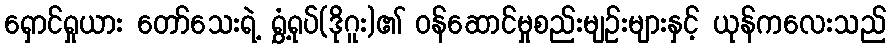
ရှောင်ရှုယား တော်သေးရဲ့ ရွှံ့ရုပ်(ဒိုဂူး)၏ ဝန်ဆောင်မှုစည်းမျဉ်းများနှင့် ယုန်ကလေးသည်